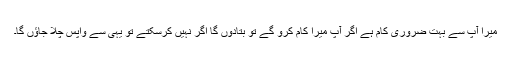
میرا آپ سے بہت ضروری کام ہے اگر آپ میرا کام کرو گے تو بتادوں گا اگر نہیں کرسکتے تو یہی سے واپس چلا جاؤں گا۔